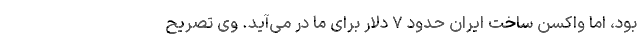
بود، اما واکسن ساخت ایران حدود ۷ دلار برای ما در می‌آید. وی تصریح